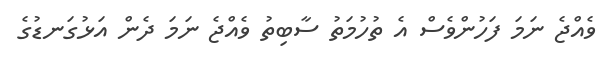
ވެއްޖެ ނަމަ ފަހުންވެސް އެ ތުހުމަތު ސާބިތު ވެއްޖެ ނަމަ ދެން އަޅުގަނޑުގެ